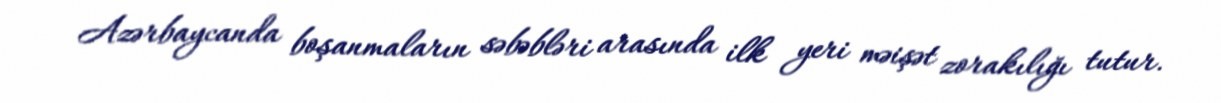
Azərbaycanda boşanmaların səbəbləri arasında ilk yeri məişət zorakılığı tutur.